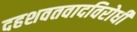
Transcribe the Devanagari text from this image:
दहशवतवादविरोधी